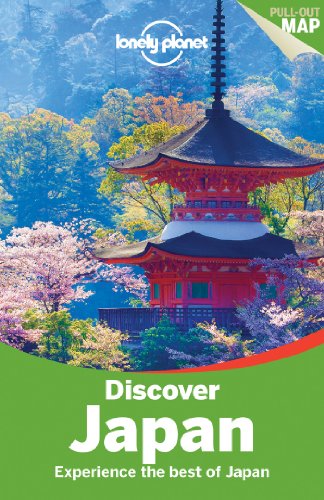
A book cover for Lonely Planet Discover Japan (Travel Guide); Lonely Planet; Travel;